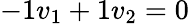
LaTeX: -1v_{1}+1v_{2}=0